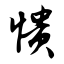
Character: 愦